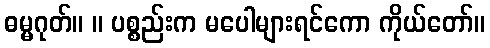
ဓမ္မဂုတ်။ ။ ပစ္စည်းက မပေါများရင်ကော ကိုယ်တော်။